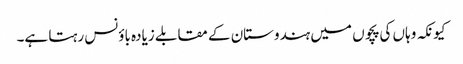
کیونکہ وہاں کی پچوں میں ہندوستان کے مقابلے زیادہ باؤنس رہتا ہے۔